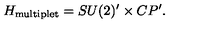
H _ { \mathrm { \tiny m u l t i p l e t } } = S U ( 2 ) ^ { \prime } \times C P ^ { \prime } .